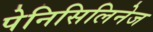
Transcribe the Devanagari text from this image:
पेनिसिलिनेज